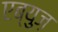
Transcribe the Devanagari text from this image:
एब्युज़